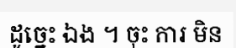
ដូច្នេះ ឯង ។ ចុះ ការ មិន